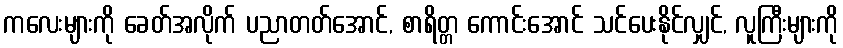
ကလေးများကို ခေတ်အလိုက် ပညာတတ်အောင်, စာရိတ္တ ကောင်းအောင် သင်ပေးနိုင်လျှင်, လူကြီးများကို